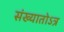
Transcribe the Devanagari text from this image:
संख्यातोऽत्र